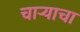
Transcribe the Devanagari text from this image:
चार्‍याचा